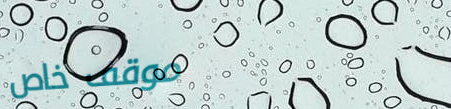
موقف خاص